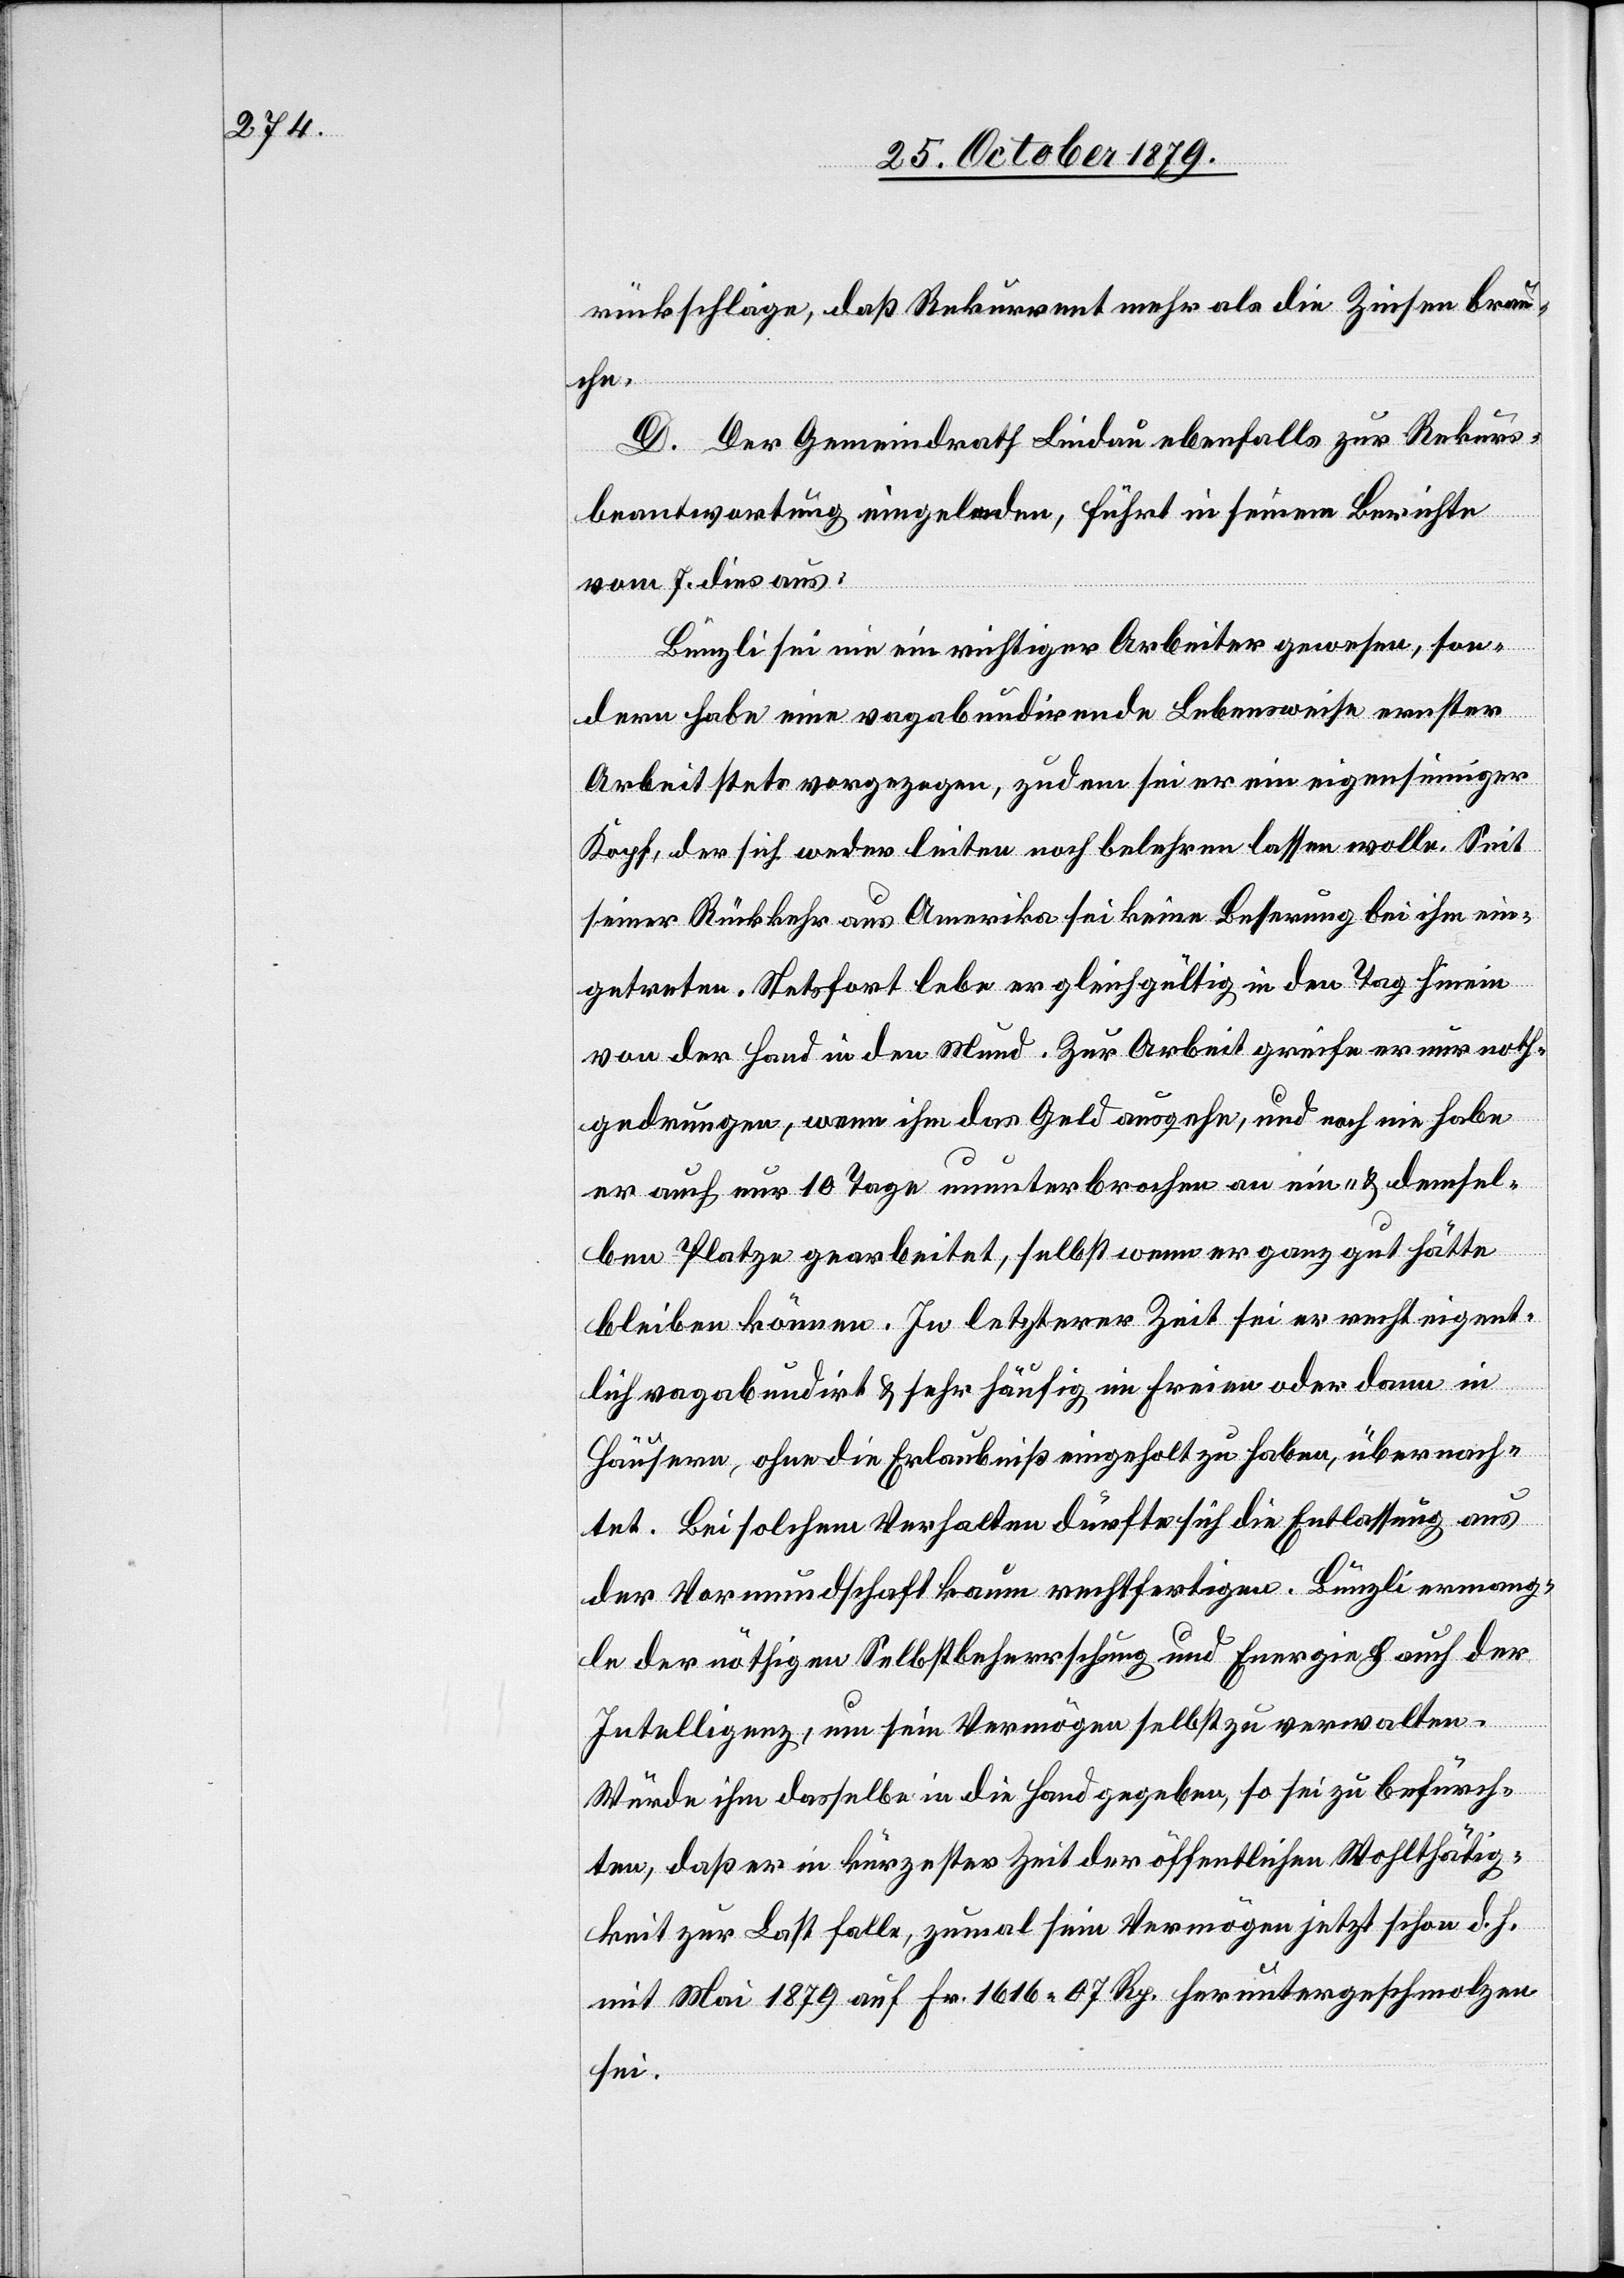
rückschläge, das Rekurrent mehr als die Zinsen brau¬
che.
D. Der Gemeindrath Lindau ebenfalls zur Rekurs¬
beantwortung eingeladen, führt in seinem Berichte
vom 7. dies aus:
Bünzli sei nie ein richtiger Arbeiter gewesen, son¬
dern habe eine vagabundirende Lebensweise ernster
Arbeit stets vorgezogen, zudem sei er ein eigensinniger
Kopf, der sich weder leiten noch belehren lassen wolle. Seit
seiner Rückkehr aus Amerika sei keine Besserung bei ihm ein¬
getreten. Stetsfort lebe er gleichgültig in den Tag hinein
von der Hand in den Mund. Zur Arbeit greife er nur noth¬
gedrungen, wenn ihm das Geld ausgehe, und noch nie habe
er auch nur 10 Tage ununterbrochen an ein- & demsel¬
ben Platze gearbeitet, selbst wenn er ganz gut hätte
bleiben können. In letzterer Zeit sei er recht eigent¬
lich vagabundirt & sehr häufig im Freien oder dann in
Häusern, ohne die Erlaubniß eingeholt zu haben, übernach¬
tet. Bei solchem Verhalten dürfte sich die Entlassung aus
der Vormundschaft kaum rechtfertigen. Bünzli ermang¬
le der nöthigen Selbstbeherrschung und Energie & auch der
Intelligenz, um sein Vermögen selbst zu verwalten.
Würde ihm dasselbe in die Hand gegeben, so sei zu befürch¬
ten, daß er in kürzester Zeit der öffentlichen Wohltätig¬
keit zur Last falle, zumal sein Vermögen jetzt schon d. h.
mit Mai 1879 auf Fr. 1616 07 Rp. heruntergeschmolzen
sei.